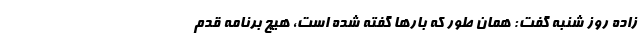
زاده روز شنبه گفت: همان طور که بارها گفته شده است، هیچ برنامه قدم